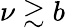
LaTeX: \nu\gtrsim b